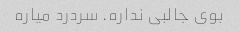
بوی جالبی نداره. سردرد میاره